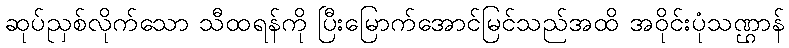
ဆုပ်ညှစ်လိုက်သော သီထရန်ကို ပြီးမြောက်အောင်မြင်သည်အထိ အဝိုင်းပုံသဏ္ဌာန်